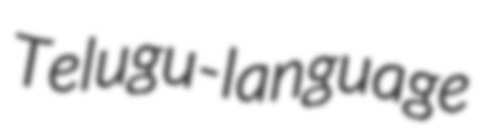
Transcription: Telugu-language